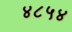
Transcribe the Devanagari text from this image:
४८५४